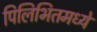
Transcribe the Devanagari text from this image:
पिलिभितमध्ये